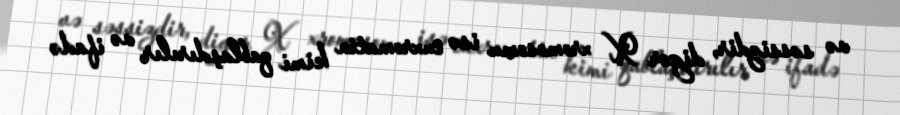
və səssizdir, digər X xromosomu isə euxromatin kimi qablaşdırılır və ifadə